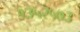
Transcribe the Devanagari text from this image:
१३५२५७३